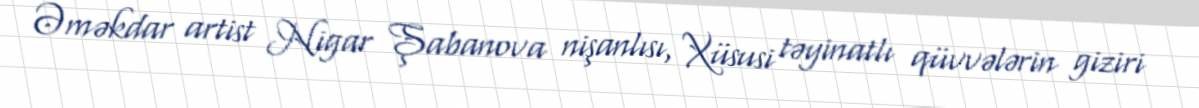
Əməkdar artist Nigar Şabanova nişanlısı, Xüsusi təyinatlı qüvvələrin giziri